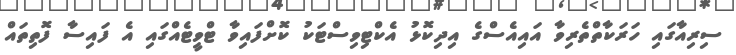
ސިރިއާގައި ހަރަކާތްތެރިވާ އައިއެސްގެ އިދިކޮޅު އެކްޓިިވިސްޓަކު ކޮށްފައިވާ ޓްވީޓެއްގައި އެ ފައިސާ ފޮތިތައް